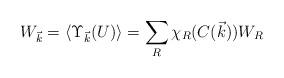
LaTeX: \begin{align*}W_{\vec k} = \langle \Upsilon_{\vec k}(U)\rangle =\sum_{R} \chi_R (C(\vec k))W_R\end{align*}